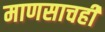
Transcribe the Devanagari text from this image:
माणसाचही